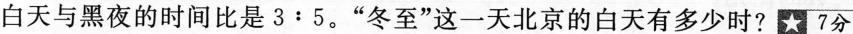
白天与黑夜的时间比是$$3:5$$。”冬至”这一天北京的白天有多少时? 7分